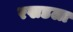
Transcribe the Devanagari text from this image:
रखडला